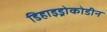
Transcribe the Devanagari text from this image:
डिहाइड्रोकोडीन